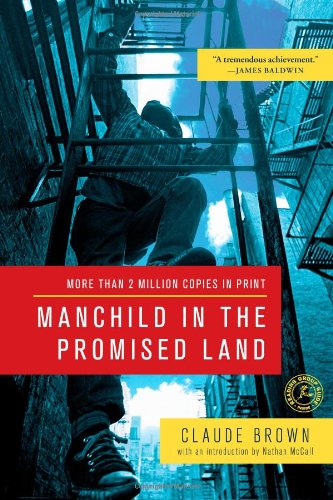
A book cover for Manchild in the Promised Land; Claude Brown; Biographies & Memoirs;